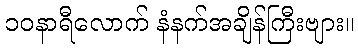
၁၀နာရီလောက် နံနက်အချိန်ကြီးဗျား။